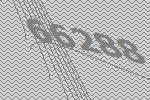
66288